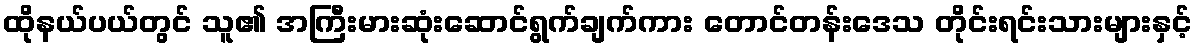
ထိုနယ်ပယ်တွင် သူ၏ အကြီးမားဆုံးဆောင်ရွက်ချက်ကား တောင်တန်းဒေသ တိုင်းရင်းသားများနှင့်